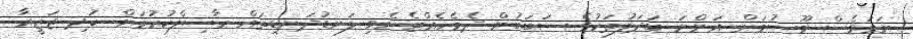
ނަމަވެސް މޫސުމަށް އަންނަ ބަދަލުތަކުގެ ސަބަބުން ދެމެހެއްޓެނެވި ލަނޑުދަނޑިތައް ހާސިލްކުރުމަށް ކުދި ޖަޒީރާ